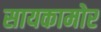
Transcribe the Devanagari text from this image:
सायकामोर